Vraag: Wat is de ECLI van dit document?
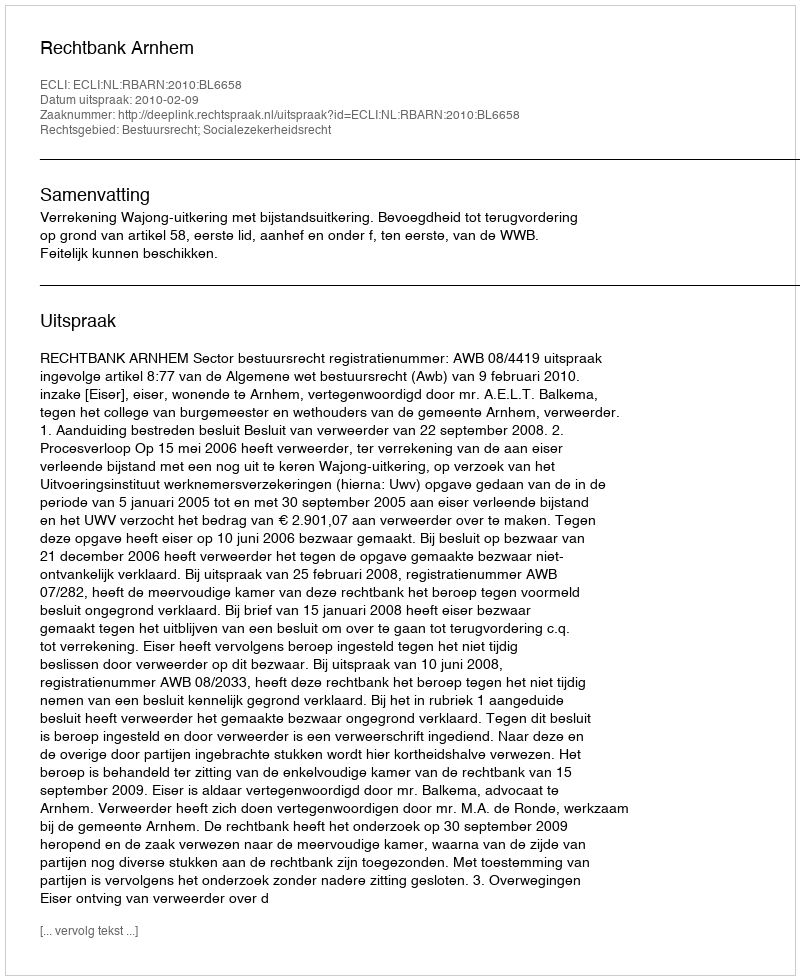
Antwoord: ECLI:NL:RBARN:2010:BL6658